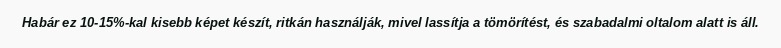
Habár ez 10-15%-kal kisebb képet készít, ritkán használják, mivel lassítja a tömörítést, és szabadalmi oltalom alatt is áll.